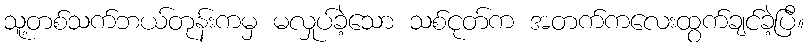
သူ့တစ်သက်ဘယ်တုန်းကမှ မလှုပ်ခဲ့သော သစ်ငုတ်က အတက်ကလေးထွက်ချင်ခဲ့ပြီ။